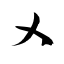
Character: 乂